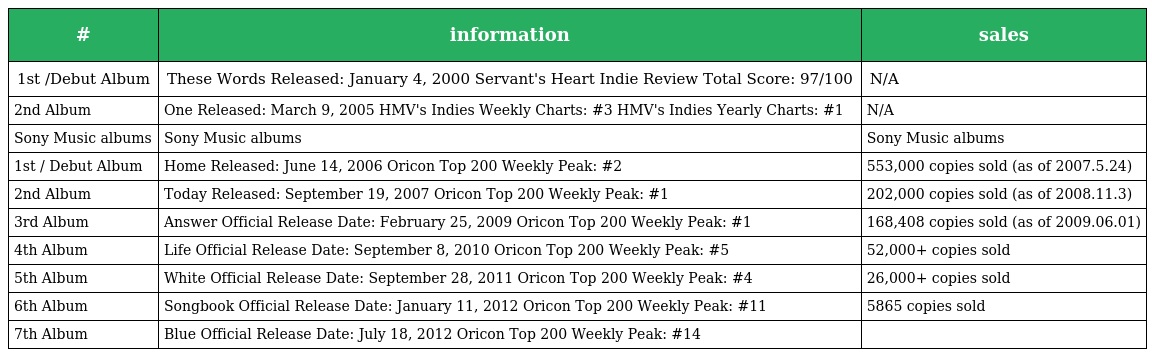
| # | information | sales |
 | --- | --- | --- |
 | 1st /Debut Album | These Words Released: January 4, 2000 Servant's Heart Indie Review Total Score: 97/100 | N/A |
 | 2nd Album | One Released: March 9, 2005 HMV's Indies Weekly Charts: #3 HMV's Indies Yearly Charts: #1 | N/A |
 | Sony Music albums | Sony Music albums | Sony Music albums |
 | 1st / Debut Album | Home Released: June 14, 2006 Oricon Top 200 Weekly Peak: #2 | 553,000 copies sold (as of 2007.5.24) |
 | 2nd Album | Today Released: September 19, 2007 Oricon Top 200 Weekly Peak: #1 | 202,000 copies sold (as of 2008.11.3) |
 | 3rd Album | Answer Official Release Date: February 25, 2009 Oricon Top 200 Weekly Peak: #1 | 168,408 copies sold (as of 2009.06.01) |
 | 4th Album | Life Official Release Date: September 8, 2010 Oricon Top 200 Weekly Peak: #5 | 52,000+ copies sold |
 | 5th Album | White Official Release Date: September 28, 2011 Oricon Top 200 Weekly Peak: #4 | 26,000+ copies sold |
 | 6th Album | Songbook Official Release Date: January 11, 2012 Oricon Top 200 Weekly Peak: #11 | 5865 copies sold |
 | 7th Album | Blue Official Release Date: July 18, 2012 Oricon Top 200 Weekly Peak: #14 |  |